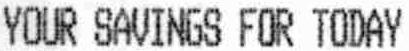
YOUR SAVINGS FOR TODAY